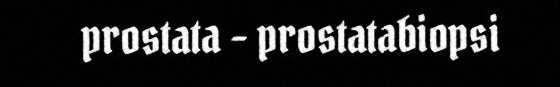
prostata - prostatabiopsi